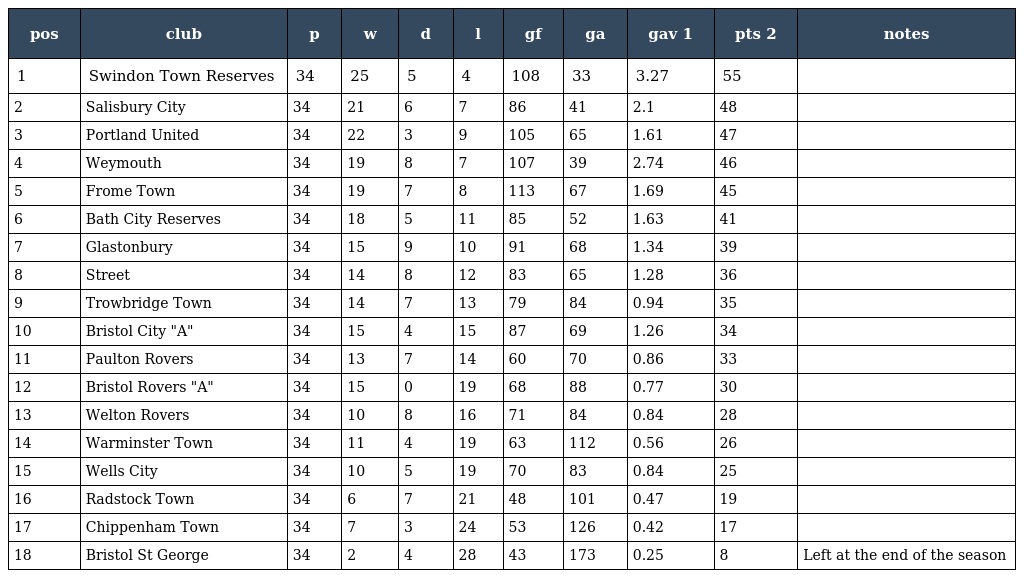
| pos | club | p | w | d | l | gf | ga | gav 1 | pts 2 | notes |
 | --- | --- | --- | --- | --- | --- | --- | --- | --- | --- | --- |
 | 1 | Swindon Town Reserves | 34 | 25 | 5 | 4 | 108 | 33 | 3.27 | 55 |  |
 | 2 | Salisbury City | 34 | 21 | 6 | 7 | 86 | 41 | 2.1 | 48 |  |
 | 3 | Portland United | 34 | 22 | 3 | 9 | 105 | 65 | 1.61 | 47 |  |
 | 4 | Weymouth | 34 | 19 | 8 | 7 | 107 | 39 | 2.74 | 46 |  |
 | 5 | Frome Town | 34 | 19 | 7 | 8 | 113 | 67 | 1.69 | 45 |  |
 | 6 | Bath City Reserves | 34 | 18 | 5 | 11 | 85 | 52 | 1.63 | 41 |  |
 | 7 | Glastonbury | 34 | 15 | 9 | 10 | 91 | 68 | 1.34 | 39 |  |
 | 8 | Street | 34 | 14 | 8 | 12 | 83 | 65 | 1.28 | 36 |  |
 | 9 | Trowbridge Town | 34 | 14 | 7 | 13 | 79 | 84 | 0.94 | 35 |  |
 | 10 | Bristol City "A" | 34 | 15 | 4 | 15 | 87 | 69 | 1.26 | 34 |  |
 | 11 | Paulton Rovers | 34 | 13 | 7 | 14 | 60 | 70 | 0.86 | 33 |  |
 | 12 | Bristol Rovers "A" | 34 | 15 | 0 | 19 | 68 | 88 | 0.77 | 30 |  |
 | 13 | Welton Rovers | 34 | 10 | 8 | 16 | 71 | 84 | 0.84 | 28 |  |
 | 14 | Warminster Town | 34 | 11 | 4 | 19 | 63 | 112 | 0.56 | 26 |  |
 | 15 | Wells City | 34 | 10 | 5 | 19 | 70 | 83 | 0.84 | 25 |  |
 | 16 | Radstock Town | 34 | 6 | 7 | 21 | 48 | 101 | 0.47 | 19 |  |
 | 17 | Chippenham Town | 34 | 7 | 3 | 24 | 53 | 126 | 0.42 | 17 |  |
 | 18 | Bristol St George | 34 | 2 | 4 | 28 | 43 | 173 | 0.25 | 8 | Left at the end of the season |